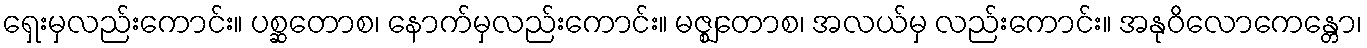
ရှေးမှလည်းကောင်း။ ပစ္ဆတောစ၊ နောက်မှလည်းကောင်း။ မဇ္ဈတောစ၊ အလယ်မှ လည်းကောင်း။ အနုဝိလောကေန္တော၊